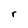
Character: r